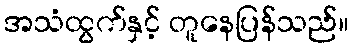
အသံထွက်နှင့် တူနေပြန်သည်။